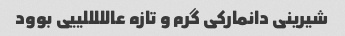
شیرینی دانمارکی گرم و تازه عالللللییی بوود